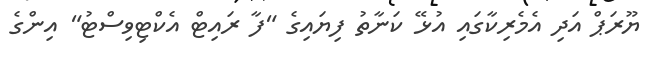
ޔޫރަޕް އަދި އެމެރިކާގައި އުޅޭ ކަނާތު ފިޔައިގެ "ފާ ރައިޓް އެކްޓިވިސްޓު" އިންގެ